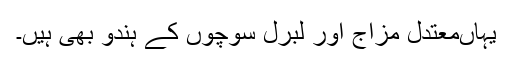
یہاںمعتدل مزاج اور لبرل سوچوں کے ہندو بھی ہیں۔